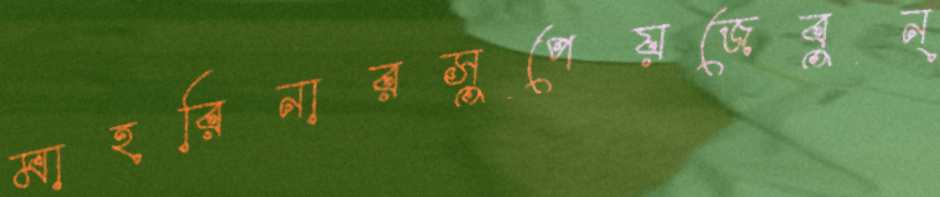
মাহরিনারসুপেয়জেবুন্